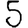
Digit: 5